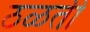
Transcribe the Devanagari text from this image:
ठळती